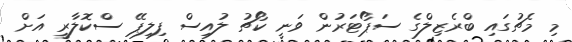
މި މެޗުގައި ބްރެޒިލްގެ ސަޕޯޓަރުން ވަނީ ކޯޗު ލުއިސް ފިލިޕޭ ސްކޮލާރީ އަށް